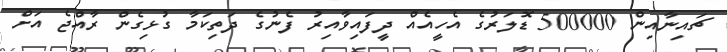
ޗައިނާއިން 500000 ޑޮލަރުގެ އެހީއެއް ދީފައިވާއިރު ފެނުގެ ދަތިކަމާ ގުޅިގެން ރާއްޖެ އަށް